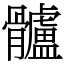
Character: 髗